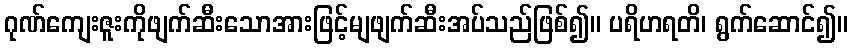
ဂုဏ်ကျေးဇူးကိုဖျက်ဆီးသောအားဖြင့်မျဖျက်ဆီးအပ်သည်ဖြစ်၍။ ပရိဟရတိ၊ ရွက်ဆောင်၍။